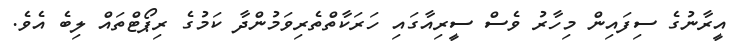
އީރާނުގެ ސިފައިން މިހާރު ވެސް ސީރިއާގައި ހަރަކާތްތެރިވަމުންދާ ކަމުގެ ރިޕޯޓްތައް ލިބެ އެވެ.